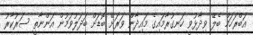
އަބްރަހަމް ބެލޭ ވިދާޅުވީ ހަނގުރާމައިގެ މައިދާން ވަރަށް ބޮޑަށް ބަދަލުވަމުން އަންނާތީ ސަރުކާރު